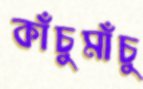
কাঁচুমাঁচু